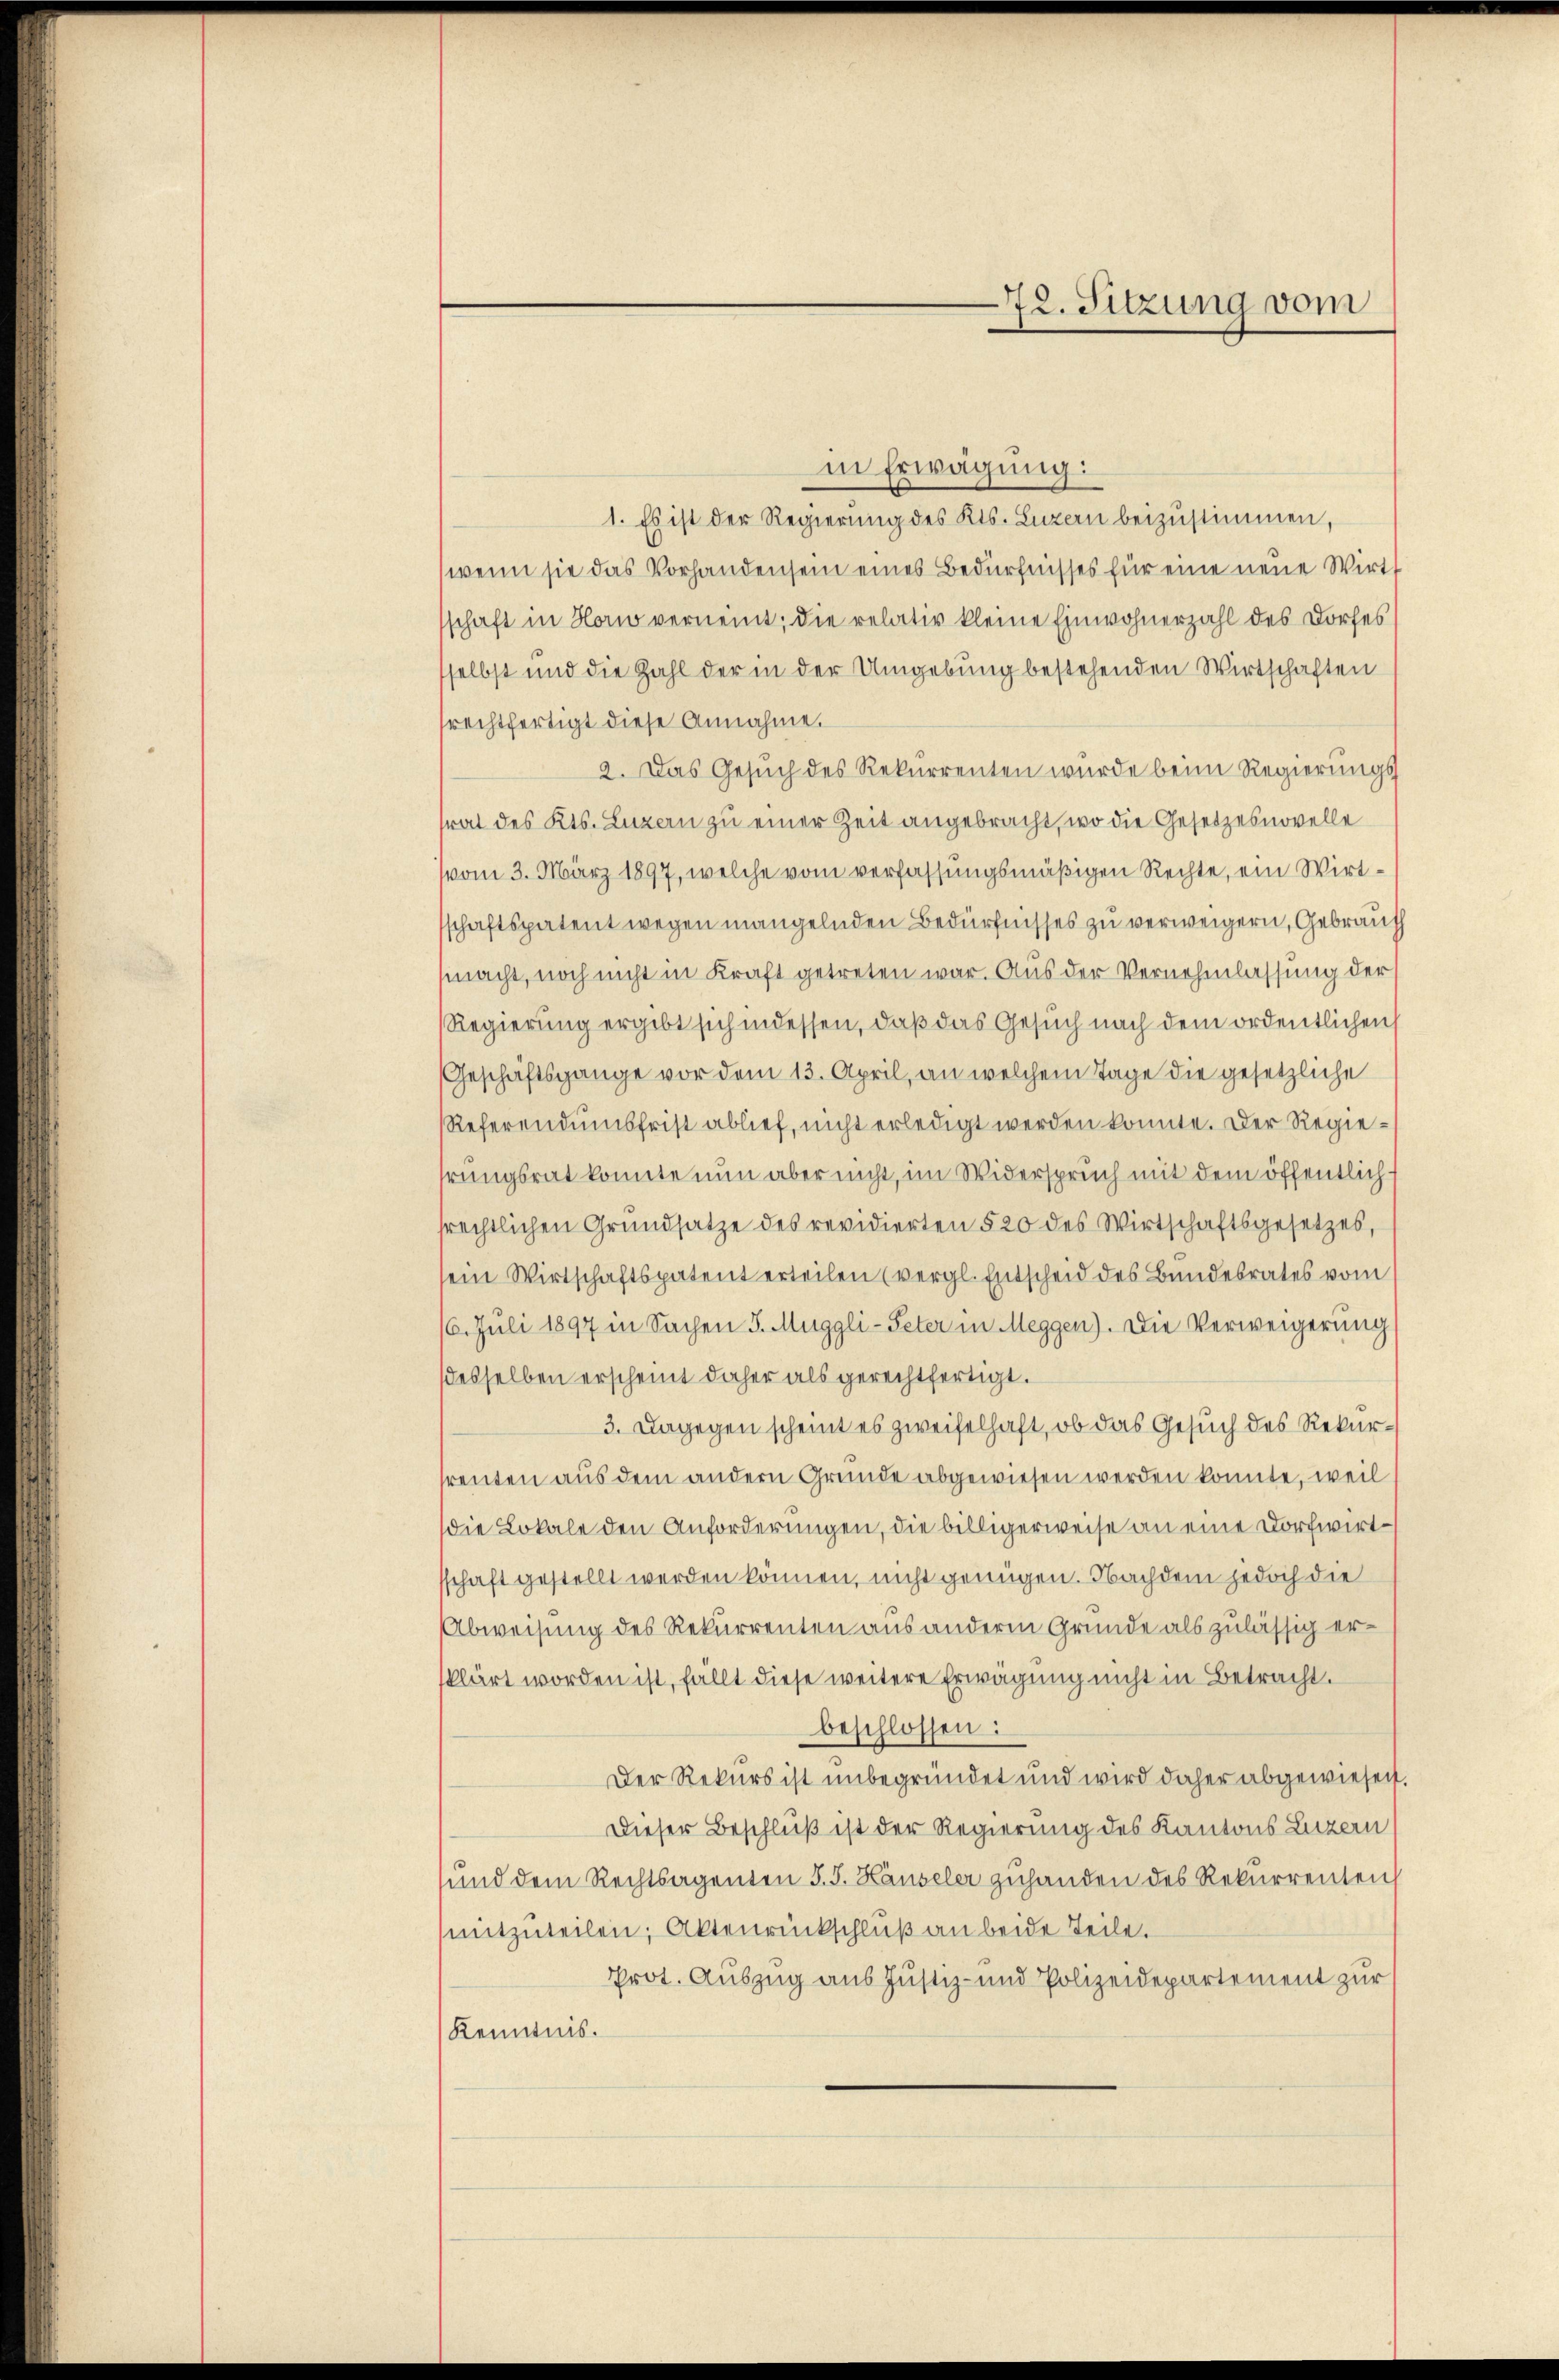
72. Sitzung vom

in Erwägung:
1. Es ist der Regierung des Kts. Luzern beizustimmen,
wenn sie das Vorhandensein eines Bedürfnisses für eine neue Wirtt
schaft in Horw verneint; die relativ kleine Einwohnerzahl des Dorfes
selbst und die Zahl der in der Umgebung bestehenden Wirtschaften
rechtfertigt diese Annahme.
2. Das Gesŭch des Rekurrenten wurde beim Regierungs
rat des Kts. Luzern zu einer Zeit angebracht, wo die Gesetzesnovelle
vom 3. März 1897, welche vom verfassungsmäßigen Rechte, ein Wirtsschaftspatent wegen mangelnden Bedürfnisses zu verweigern, Gebrauch
macht, noch nicht in Kraft getreten war. Aus der Vernehmlassung der
Regierung ergibt sich indessen, daß das Gesuch nach dem ordentlichen
Geschäftsgange vor dem 13. April, an welchem Tage die gesetzliche
Referendumsfrist ablief, nicht erledigt werden konnte. Der Regiehrungsrat konnte nun aber nicht, im Widerspruch mit dem öffentlich s
srechtlichen Grundsatze des revidierten § 20 des Wirtschaftsgesetzes,
sein Wirtschaftspatent erteilen (vergl. Entscheid des Bundesrates vom
16. Juli 1897 in Sachen J. Muggli-Peter in Meggen). Die Verweigerung
desselben erscheint daher als gerechtfertigt.
3. Dagegen scheint es zweifelhaft, ob das Gesuch des Rekurrenten aus dem andern Grunde abgewiesen werden konnte, weil
die Lokale den Anforderungen, die billigerweise an eine Dorfwirtsschaft gestellt werden können, nicht genügen. Nachdem jedoch die
Abweisung des Rekurrenten aus anderm Grunde als zulässig erklärt worden ist, fällt diese weitere Erwägung nicht in Betracht.
beschlossen:
Der Rekurs ist unbegründet und wird daher abgewiesen.
Dieser Beschluß ist der Regierung des Kantons Luzern
und dem Rechtsagenten J. J. Hauseler zuhanden des Rekurrenten
mitzuteilen; Aktenrückschluß an beide Teile.
Prot. Auszug aus Justiz- und Polizeidepartement zur
Kenntnis.